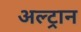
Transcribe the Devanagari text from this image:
अल्ट्रान